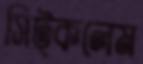
সিট্‌কলেম